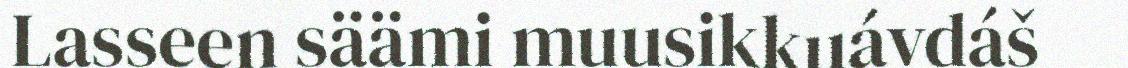
Lasseen säämi muusikkuávdáš